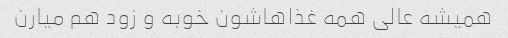
همیشه عالی همه غذاهاشون خوبه و زود هم میارن